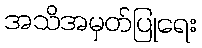
အသိအမှတ်ပြုရေး